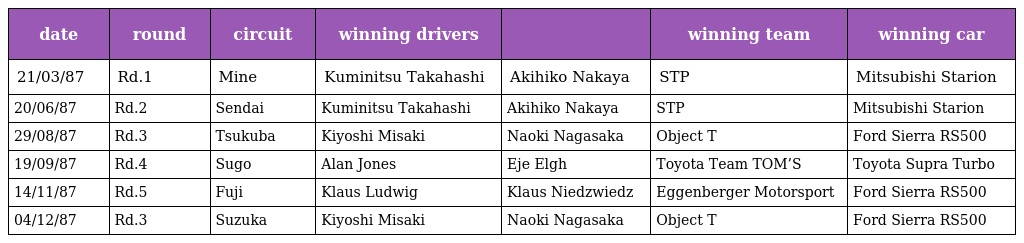
| date | round | circuit | winning drivers |  | winning team | winning car |
 | --- | --- | --- | --- | --- | --- | --- |
 | 21/03/87 | Rd.1 | Mine | Kuminitsu Takahashi | Akihiko Nakaya | STP | Mitsubishi Starion |
 | 20/06/87 | Rd.2 | Sendai | Kuminitsu Takahashi | Akihiko Nakaya | STP | Mitsubishi Starion |
 | 29/08/87 | Rd.3 | Tsukuba | Kiyoshi Misaki | Naoki Nagasaka | Object T | Ford Sierra RS500 |
 | 19/09/87 | Rd.4 | Sugo | Alan Jones | Eje Elgh | Toyota Team TOM’S | Toyota Supra Turbo |
 | 14/11/87 | Rd.5 | Fuji | Klaus Ludwig | Klaus Niedzwiedz | Eggenberger Motorsport | Ford Sierra RS500 |
 | 04/12/87 | Rd.3 | Suzuka | Kiyoshi Misaki | Naoki Nagasaka | Object T | Ford Sierra RS500 |